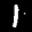
Label: 1